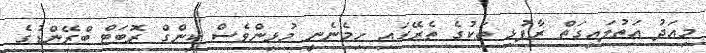
މިއަދު އަތުލައިގަތް ރާފުޅި ތަކުގެ ތެރޭގައި ހިމެނެނީ މުޅިންވެސް ކިންގް ރޮބަޓް ބްރޭންޑުގެ